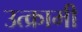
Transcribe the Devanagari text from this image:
उत्क्रामी